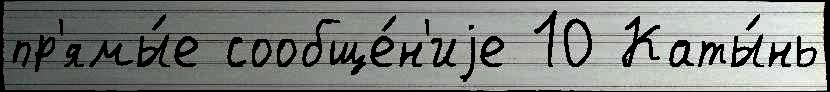
пр'ямы́е сообще́н'иjе 10 Каты́нь